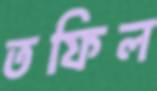
তফিল